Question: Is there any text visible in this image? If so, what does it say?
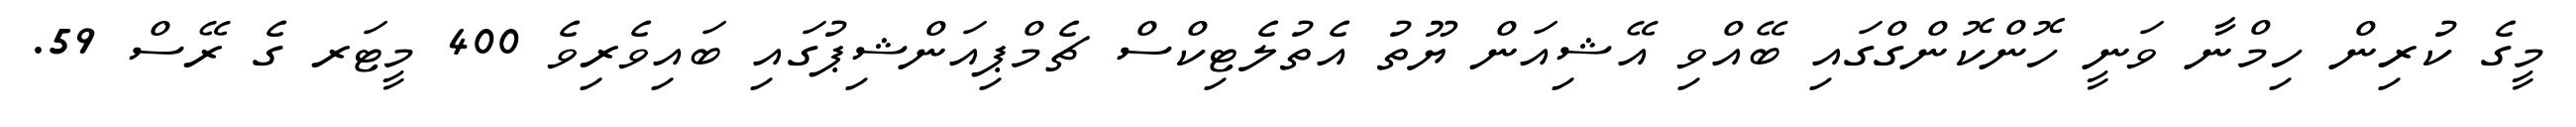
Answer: މީގެ ކުރިން ހިމްނާ ވަނީ ހޮންކޮންގްގައި ބޭއްވި އޭޝިއަން ޔޫތު އެތުލެޓިކްސް ޗެމްޕިއަންޝިޕުގައި ބައިވެރިވެ 400 މީޓަރ ގެ ރޭސް 59.